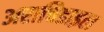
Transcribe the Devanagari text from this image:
अराचिडाइल